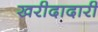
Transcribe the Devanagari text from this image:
खरीदादारी